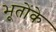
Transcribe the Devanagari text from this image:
भूतोंके